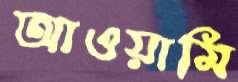
আওয়ামি